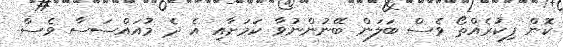
ކޮން ފިކުރެއްތޯ ވެސް ބަލަން ބޭނުންނުވާ ކަމަށާއި އެ ދެ މުއައްސަސާ ވެސް